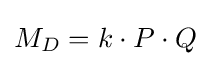
M_{D}=k\cdot P\cdot Q